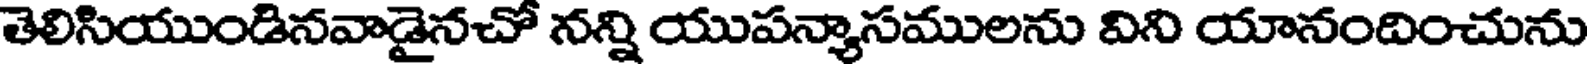
తెలిసియుండినవాడైనచో నన్ని యుపన్యాసములను విని యానందించును